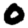
Digit: 0